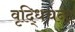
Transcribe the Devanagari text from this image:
वृद्धिचन्द्र